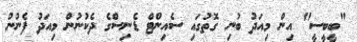
"ބީބީސީ" އިން މިއަދު ބުނި ގޮތުގައި ސެއިންޓް ޑެނިސްގެ ދެކުނުން މިއަދު ފެނުނު